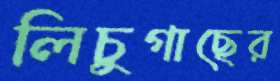
লিচুগাছের